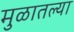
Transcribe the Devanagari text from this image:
मुळातल्या